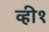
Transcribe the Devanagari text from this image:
व्ही१